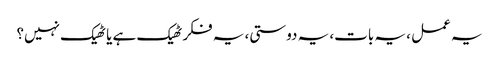
یہ عمل ، یہ بات، یہ دوستی، یہ فکر ٹھیک ہے یا ٹھیک نہیں؟